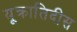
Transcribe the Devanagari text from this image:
यूक्रातिदीस